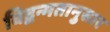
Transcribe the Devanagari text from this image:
विद्वन्मतानुसार